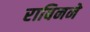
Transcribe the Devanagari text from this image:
राबिनने